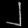
Digit: ၂